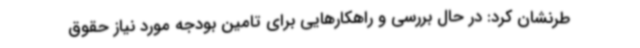
طرنشان کرد: در حال بررسی و راهکارهایی برای تامین بودجه مورد نیاز حقوق